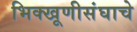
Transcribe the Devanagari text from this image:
भिक्खूणीसंघाचे